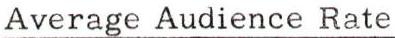
Average Audience Rate